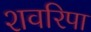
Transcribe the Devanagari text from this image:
शवरिपा